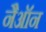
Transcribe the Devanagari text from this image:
नैऑन